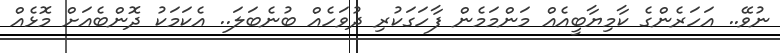
ނުވޭ.. އަހަރެންގެ ކާމިޔާބީއެއް މަންމަމެން ފާހަގަކުރި ދުވަހެއް ބުނެބަލަ.. އެކަމަކު ދޮންބެއަށް މޮޅެއް